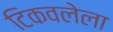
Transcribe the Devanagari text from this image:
टिकवलेला